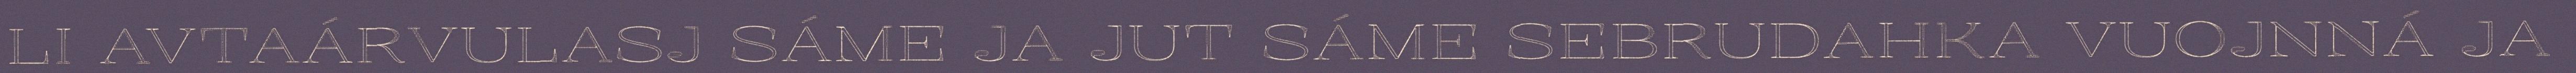
LI AVTAÁRVULASJ SÁME JA JUT SÁME SEBRUDAHKA VUOJNNÁ JA